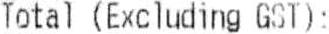
TOTAL (EXCLUDING GST):